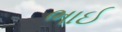
ભાઈ